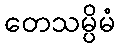
တေသမ္ပိမံ